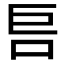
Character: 𱒏